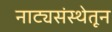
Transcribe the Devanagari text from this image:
नाट्यसंस्थेतून